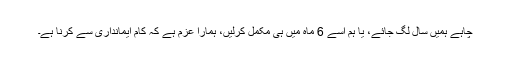
چاہے ہمیں سال لگ جائے، یا ہم اسے 6 ماہ میں ہی مکمل کرلیں، ہمارا عزم ہے کہ کام ایمانداری سے کرنا ہے۔